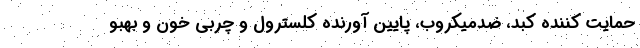
حمایت کننده کبد، ضدمیکروب، پایین آورنده کلسترول و چربی خون و بهبو